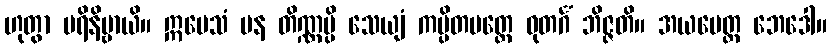
ဟုတွာ ပရိနိဗ္ဗာယိ။ ဣမေသံ ပန တိဏ္ဏမ္ပိ သေယျံ ကပ္ပိတမတ္တေ ဓုတင်္ဂံ ဘိဇ္ဇတိ။ အယမေတ္ထ ဘေဒေါ။